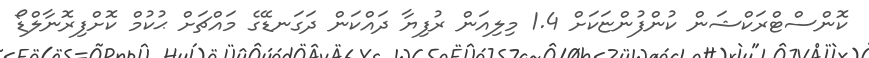
ކޮންސްޓްރަކްޝަން ކުންފުންޏަކަށް 1.4 މިލިއަން ރުފިޔާ ދައްކަން ދަގަނޑޭގެ މައްޗަށް ޙުކުމް ކޮށްފިރޮނާލްޑޯ